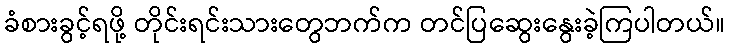
ခံစားခွင့်ရဖို့ တိုင်းရင်းသားတွေဘက်က တင်ပြဆွေးနွေးခဲ့ကြပါတယ်။